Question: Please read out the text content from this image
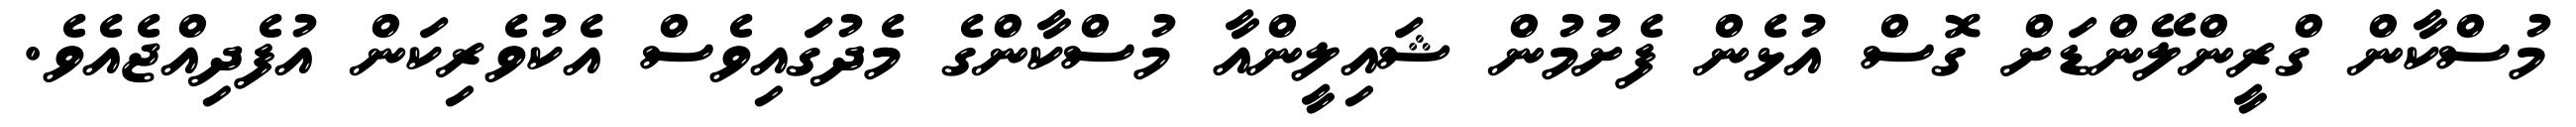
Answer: މުސްކާން ގްރީންލޭންޑަށް ގޮސް އުޅެން ފެށުމުން ޝައިލީންއާ މުސްކާންގެ މެދުގައިވެސް އެކުވެރިކަން އުފެދިއްޖެއެވެ.